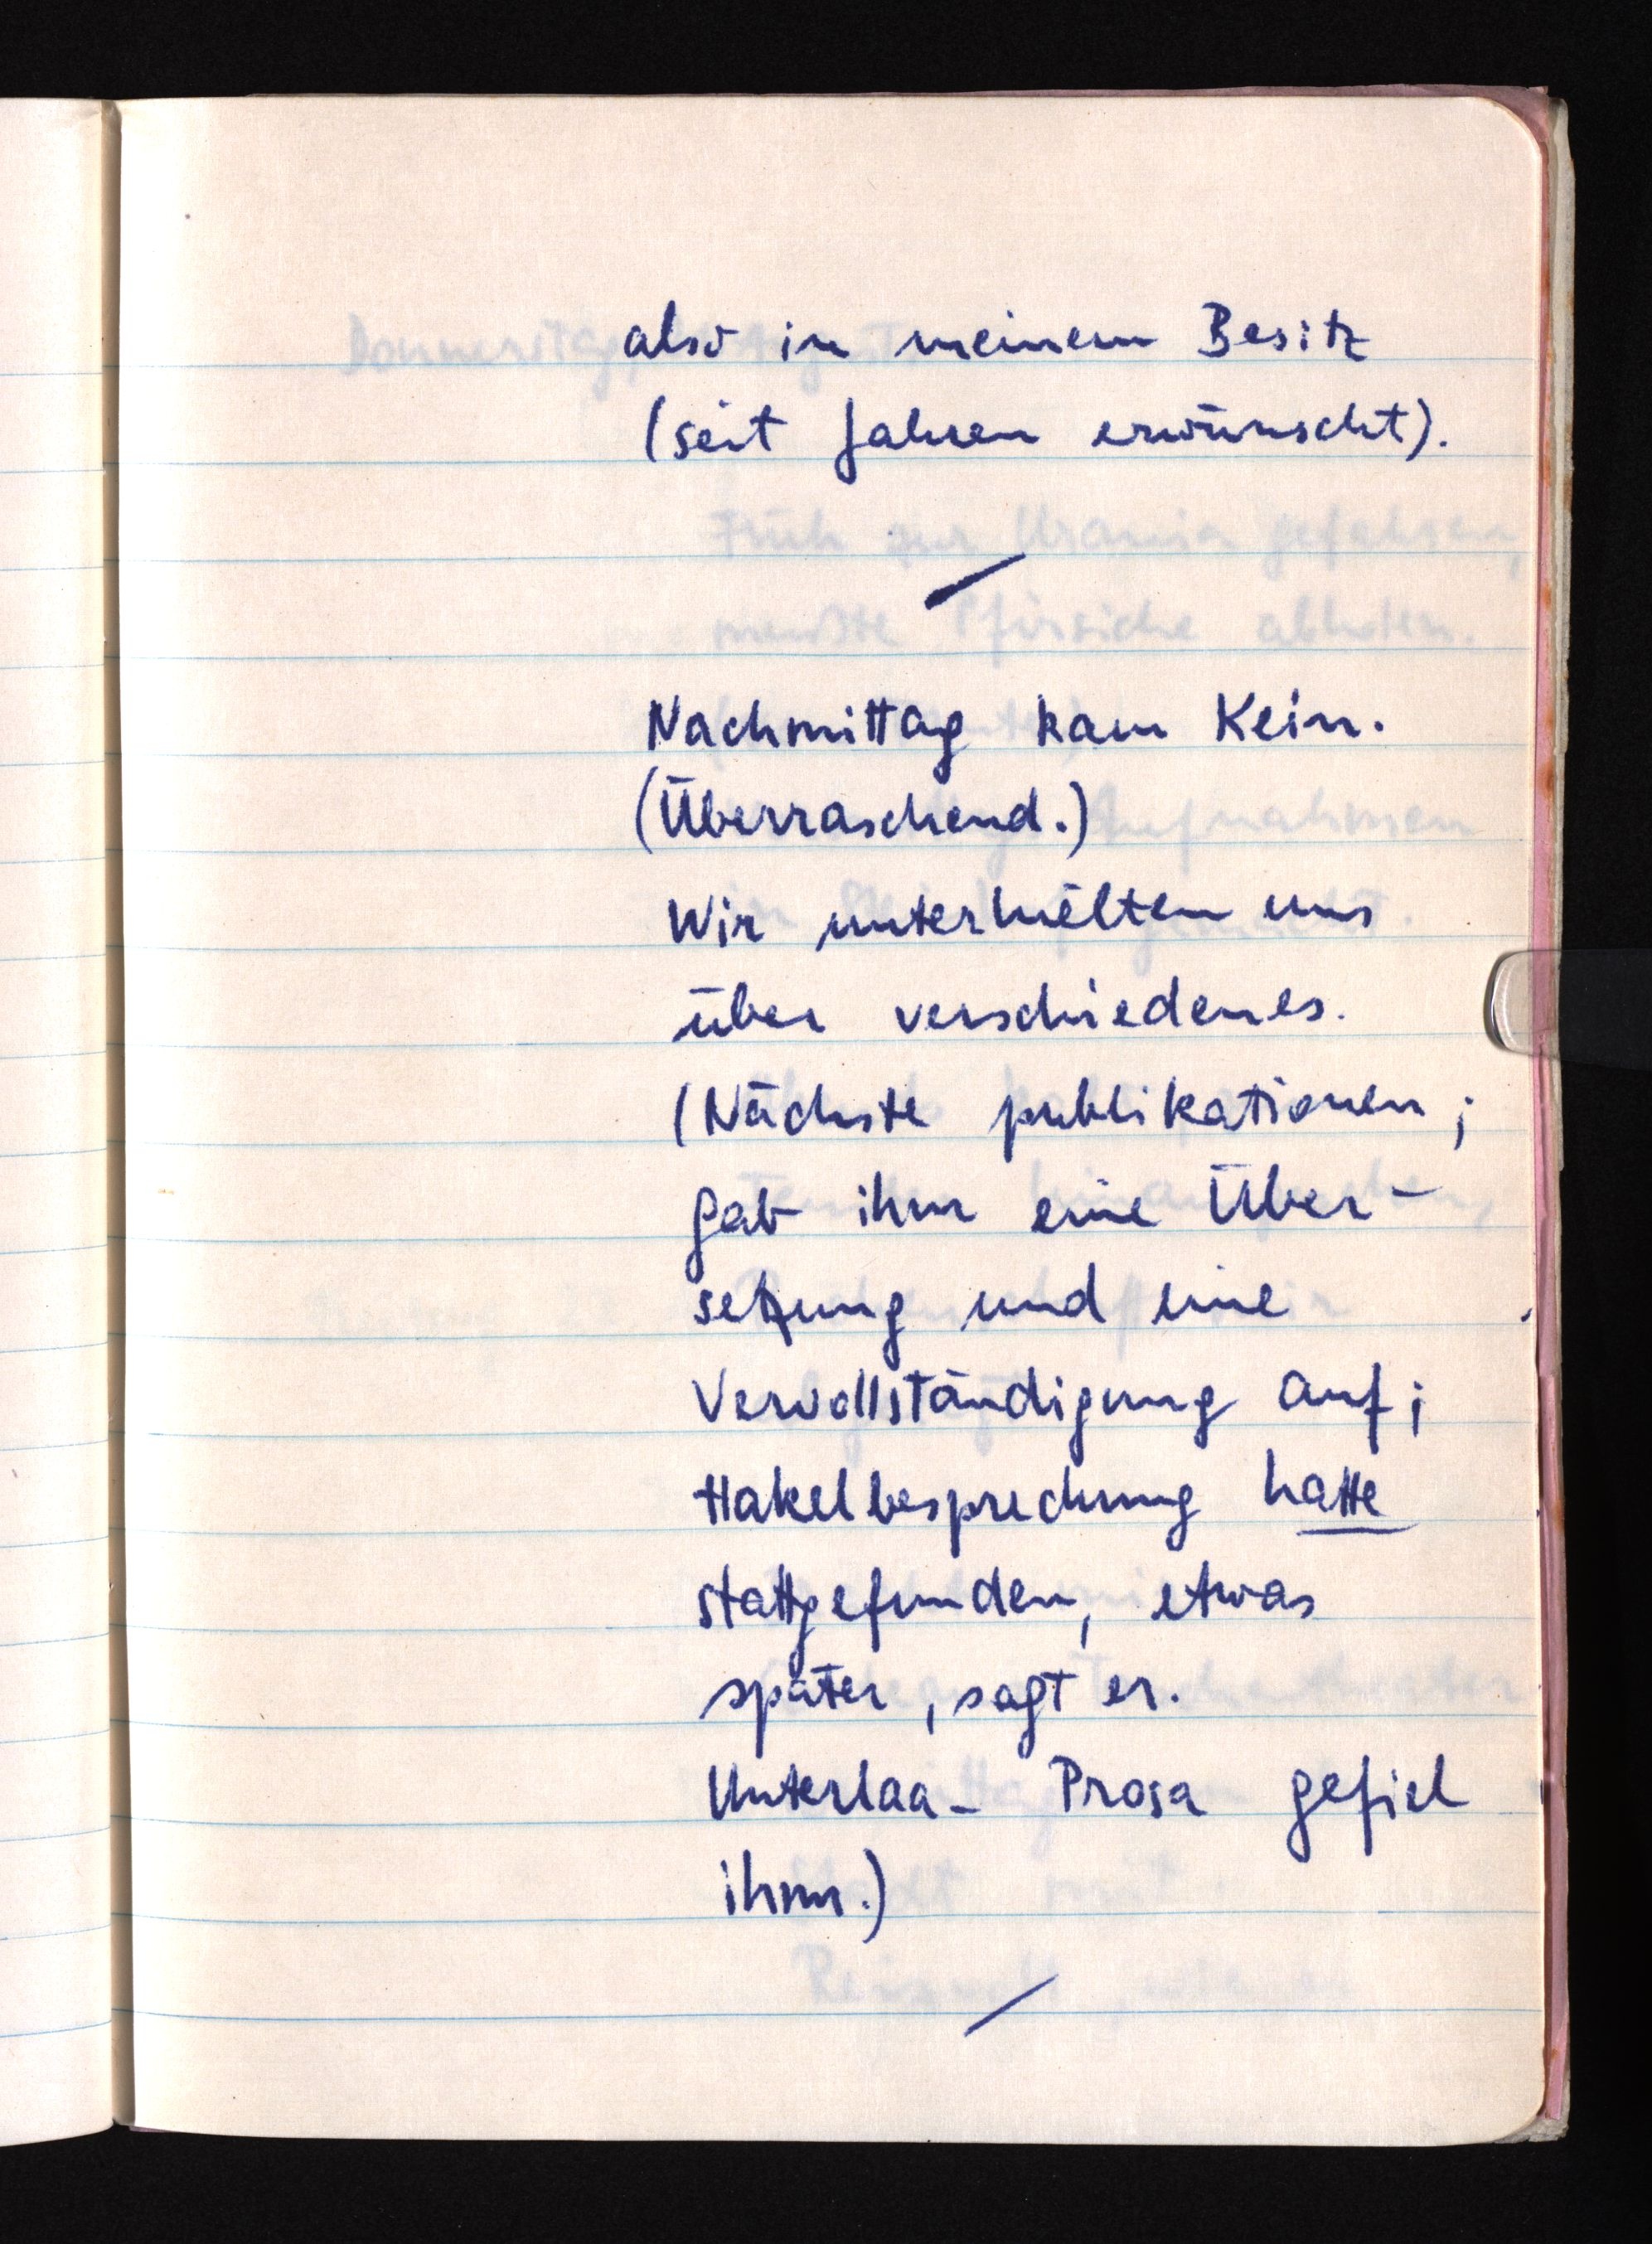
also in meinem Besitz
(seit Jahren erwünscht).
Nachmittag kam Kein.
(Überraschend.)
Wir unterhielten uns
über verschiedenes.
(Nächste publikationen;
gab ihm eine Über¬
setzung und eine
Vervollständigung auf;
Hakelbesprechung hatte
stattgefunden, etwas
später, sagt er.
Unterlaa-Prosa gefiel
ihm.)